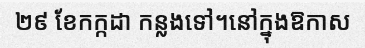
២៩ ខែកក្កដា កន្លងទៅ។នៅក្នុងឱកាស